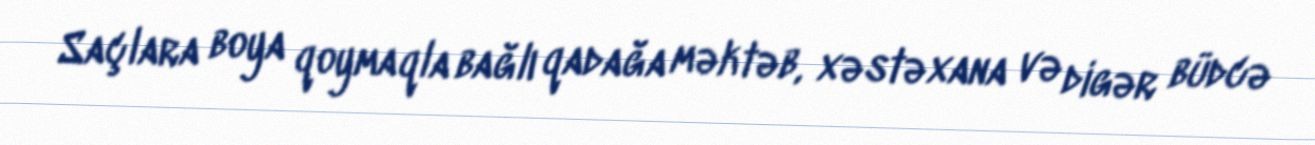
Saçlara boya qoymaqla bağlı qadağa məktəb, xəstəxana və digər büdcə